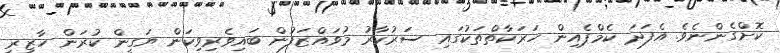
ކޮށްގެންނެވެ. އެފަދަ ކެމްޕެއިން ހަރަކާތްތަކުގައި ސަރުކާރު މުވައްޒަފުން ބައިވެރިވިކަން ޔަގީން ކުރަން ހާޒިރީ